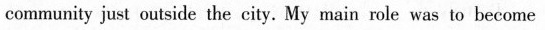
comrnunity just ouiside the city. My main mle was to become